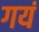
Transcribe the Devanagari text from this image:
गयं